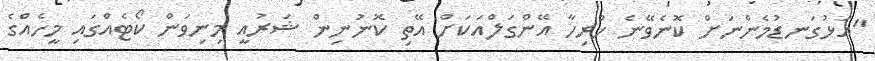
"އަޅުގަނޑުމެންނަށް ކޮނެވޭނެ ހުރިހާ އޭންގަލްއަކަށް އޭތި ކޮނުނިން ޝަރުއީ މިނިވަން ކޯޓެއްގައި މީހެއްގެ